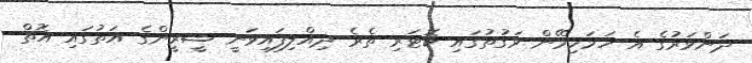
ދަންވަރުގެ އެ ހަމަހިމޭން ވަގުތުގައި ކޮޓަރި ތެރެ ދިއްލިފައިވަނީ ޝީރީންގެ އަތުގައި އޮތް